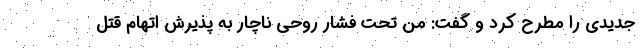
جدیدی را مطرح کرد و گفت: من تحت فشار روحی ناچار به پذیرش اتهام قتل